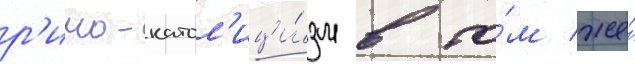
р'имо-катол'ици́зм в то́м же́